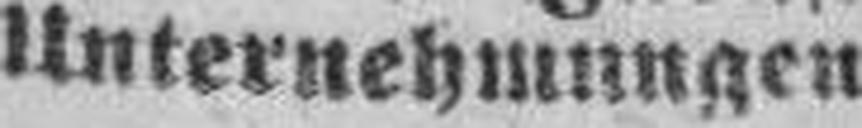
Unternehmungen